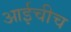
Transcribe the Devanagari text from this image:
आईचीच